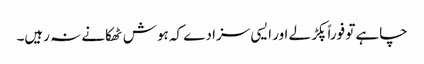
چاہے تو فوراً پکڑ لے اور ایسی سزا دے کہ ہوش ٹھکانے نہ رہیں۔